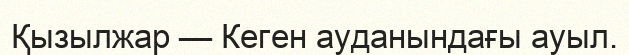
Қызылжар — Кеген ауданындағы ауыл.